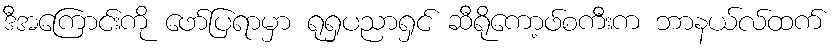
ဒီအကြောင်းကို ဖော်ပြရာမှာ ရုရှပညာရှင် ဆီရိုကော့ဖ်စကီးက ဘာနယ်လ်ထက်